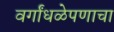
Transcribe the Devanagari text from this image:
वर्गांधळेपणाचा